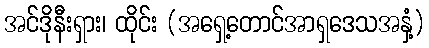
အင်ဒိုနီးရှား၊ ထိုင်း (အရှေ့တောင်အာရှဒေသအနှံ့)